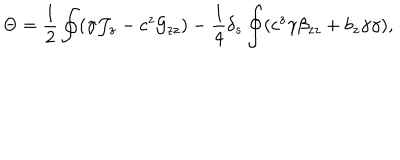
LaTeX: \Theta = { \frac { 1 } { 2 } } \oint ( \gamma { \cal J } _ { z } - c ^ { z } { \cal G } _ { z z } ) - { \frac { 1 } { 4 } } \delta _ { s } \oint ( c ^ { z } \gamma \beta _ { z z } + b _ { z } \gamma \gamma ) ,